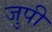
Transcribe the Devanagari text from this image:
जुपी